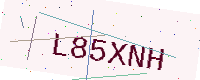
Text: L85XNH